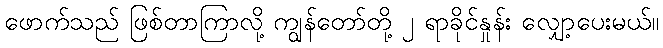
ဖောက်သည် ဖြစ်တာကြာလို့ ကျွန်တော်တို့ ၂ ရာခိုင်နှုန်း လျှော့ပေးမယ်။